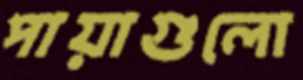
পায়াগুলো